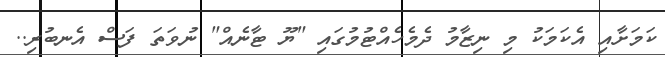
ކަމަށާއި އެކަމަކު މި ނިޒާމު ދެމެހެއްޓުމުގައި "ޔޫ ޓާނެއް" ނުވަތަ ފަސް އެނބުރި..